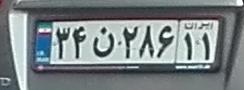
۳۴ن۲۸۶۱۱